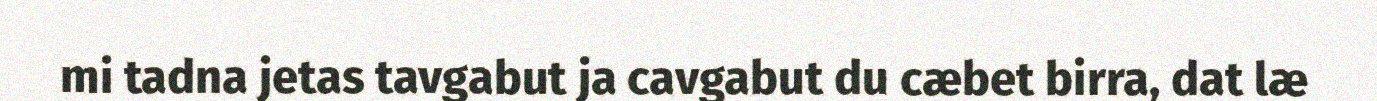
mi tadna jetas tavgabut ja cavgabut du cæbet birra, dat læ